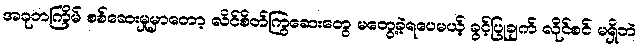
အခုတကြိမ် စစ်ဆေးမှုမှာတော့ လိင်စိတ်ကြွဆေးတွေ မတွေ့ခဲ့ရပေမယ့် ခွင့်ပြုချက် လိုင်စင် မရှိဘဲ